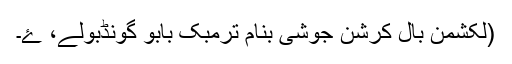
(لکشمن بال کرِشن جوشی بنام ترِمبک بابو گونڈبولے، ۓ۔